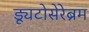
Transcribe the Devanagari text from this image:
ड्यूटोसेरेब्रम